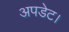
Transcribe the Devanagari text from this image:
अपडेट।